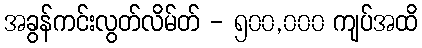
အခွန်ကင်းလွတ်လိမ်တ် - ၅၀၀,၀၀၀ ကျပ်အထိ